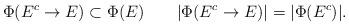
LaTeX: \begin{align*}\Phi(E^c\rightarrow E) \subset \Phi(E) ~~~~~~ |\Phi(E^c \rightarrow E)|=|\Phi(E^c)|.\end{align*}